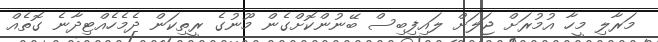
މަރާލި މީހާ އުމުރަށް ޖަލަށް ލައިފިބިސް ބޭނުންކޮށްގެން މޫނުގެ ރީތިކަން ދެމެހެއްޓިދާނެ ގޮތެއް